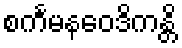
စင်္ကမနဝေဒိကန္တိ